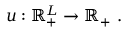
u : \mathbb { R } _ { + } ^ { L } \rightarrow \mathbb { R } _ { + } \ .